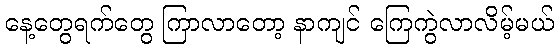
နေ့တွေရက်တွေ ကြာလာတော့ နာကျင် ကြေကွဲလာလိမ့်မယ်